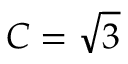
C = \sqrt { 3 }